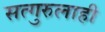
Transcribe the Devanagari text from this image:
सत्गुरुलाही